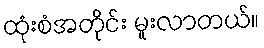
ထုံးစံအတိုင်း မူးလာတယ်။